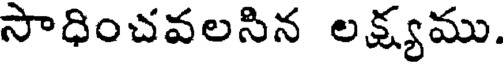
సాధించవలసిన లక్ష్యము.